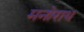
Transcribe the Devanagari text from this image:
मनोराथ